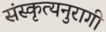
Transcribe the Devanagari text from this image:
संस्कृत्यनुरागी